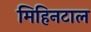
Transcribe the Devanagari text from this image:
मिहिनटाल